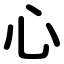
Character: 心